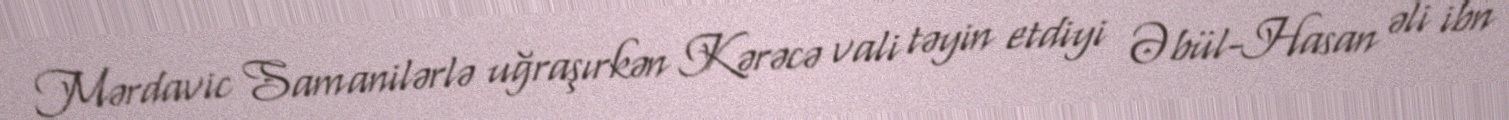
Mərdavic Samanilərlə uğraşırkən Kərəcə vali təyin etdiyi Əbül-Hasan əli ibn